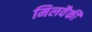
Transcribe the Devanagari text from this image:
मिलवैकी